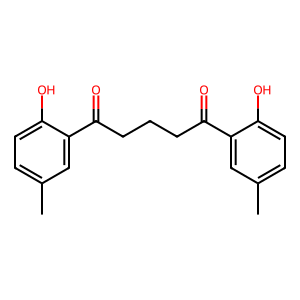
SMILES: Cc1ccc(O)c(C(=O)CCCC(=O)c2cc(C)ccc2O)c1
Inhibits HIV replication: No